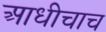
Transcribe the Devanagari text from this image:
आधीचाच